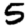
Digit: 5